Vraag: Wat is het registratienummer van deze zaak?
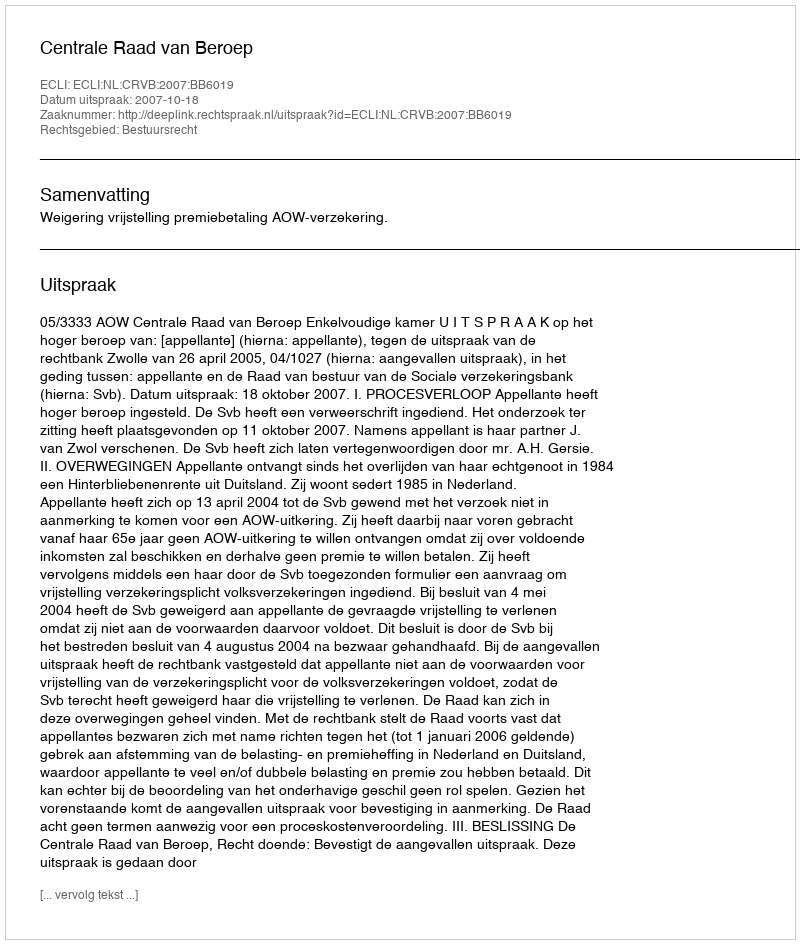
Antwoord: http://deeplink.rechtspraak.nl/uitspraak?id=ECLI:NL:CRVB:2007:BB6019